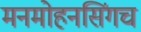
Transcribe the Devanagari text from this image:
मनमोहनसिंगच